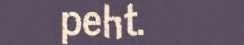
peht.